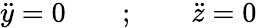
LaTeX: {\ddot{y}}=0\qquad;\qquad{\ddot{z}}=0